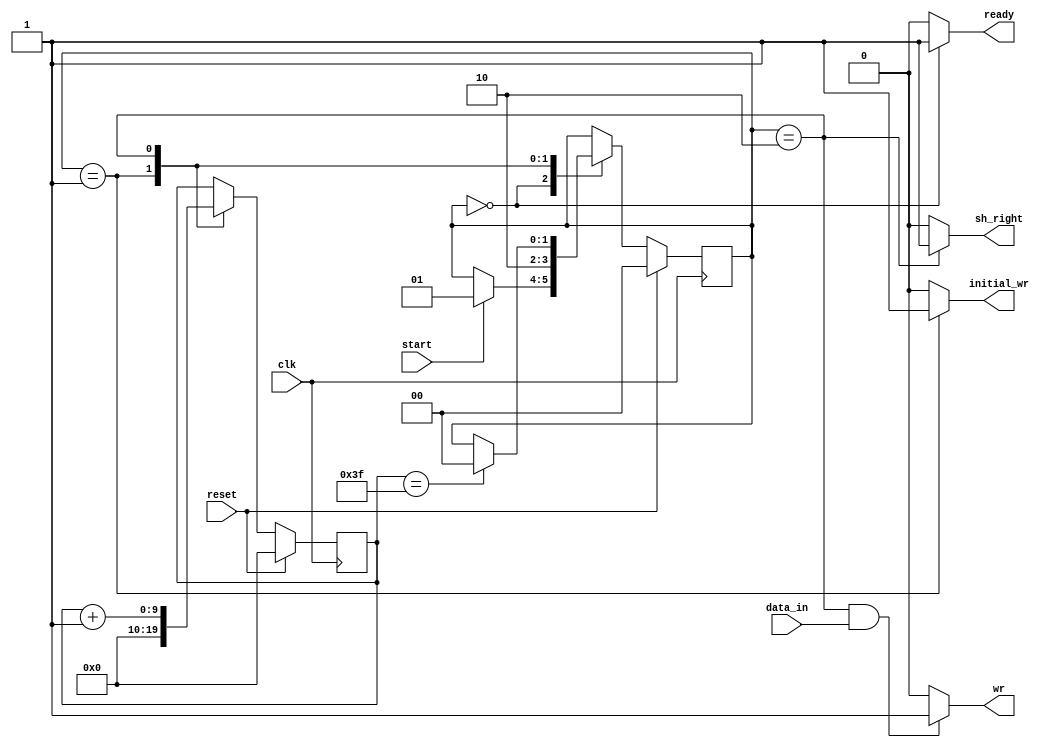
module control(clk, reset, start, data_in, ready, wr, initial_wr, sh_right);
    input clk, reset, start;
    input data_in;
    output wr;
    output initial_wr;
    output sh_right;
    output ready;
    
    wire wr_check;
    wire initial_wr_check;
    wire sh_right_check;
    wire ready_check;
    
    reg [1:0] state;
    reg [9:0] counter;

    always @(posedge clk) begin
        if (reset) begin
            state <= 2'd0;
            counter <= 10'd0;
        end
        else begin
            case (state)
                2'b00: begin //Idle state
                    if (start == 1) state <= 2'b01;
                end

                2'b01: begin //Load state
                    counter <= 0;
                    state <= 2'b10;
                end

                2'b10: begin //Operation state
                    if (counter == 63) state <= 2'b00;
                    counter <= counter+1;
                end
            endcase
        end
    end
    assign wr_check = (state == 2'b10) && data_in;
    assign wr = wr_check?1:0;
    
    assign initial_wr_check = (state == 2'b01);
    assign initial_wr = initial_wr_check?1:0;
    
    assign sh_right_check = (state == 2'b10);
    assign sh_right = sh_right_check?1:0;
    
    assign ready_check = (state == 2'b00);
    assign ready = ready_check?1:0;
endmodule